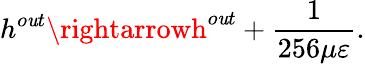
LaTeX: h^{o\mathit{u}t}\rightarrowh^{o\mathit{u}t}+\frac{{1}}{{256\mu\varepsilon}}.